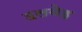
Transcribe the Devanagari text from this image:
हलवेह